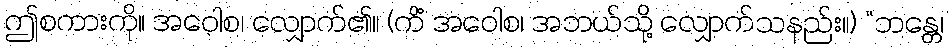
ဤစကားကို။ အဝေါစ၊ လျှောက်၏။ (ကိံ အဝေါစ၊ အဘယ်သို့ လျှောက်သနည်း။) “ဘန္တေ၊